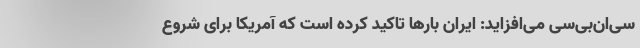
سی‌ان‌بی‌سی می‌افزاید: ایران بارها تاکید کرده است که آمریکا برای شروع